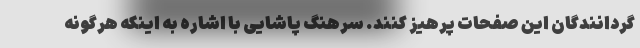
گردانندگان این صفحات پرهیز کنند. سرهنگ پاشایی با اشاره به اینکه هرگونه